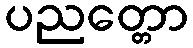
ပညတ္တော